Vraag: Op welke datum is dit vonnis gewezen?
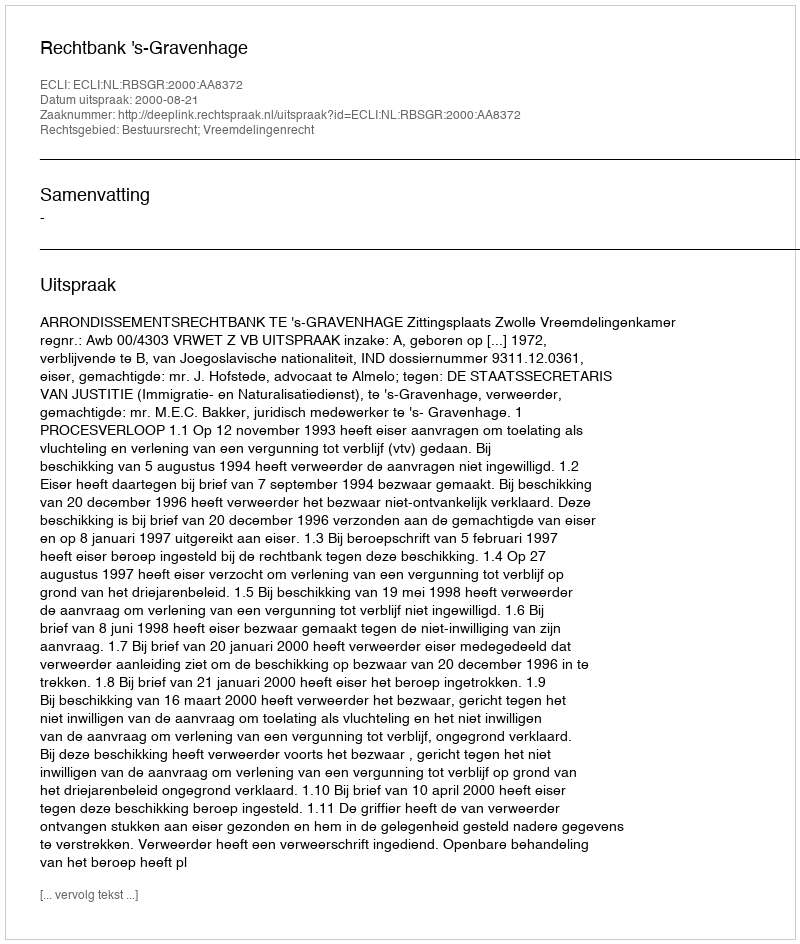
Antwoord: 2000-08-21